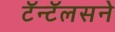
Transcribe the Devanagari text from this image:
टॅन्टॅलसने